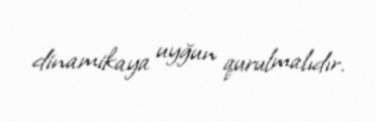
dinamikaya uyğun qurulmalıdır.